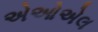
એઓએલ